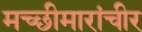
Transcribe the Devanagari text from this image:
मच्छीमारांचीर